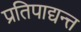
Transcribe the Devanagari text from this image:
प्रतिपाद्यन्त्त